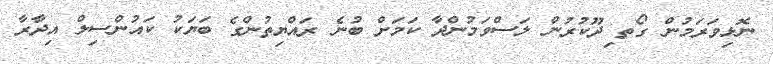
ނޮޅިވަރަމުން ގޯތ ިދޫކުރުން ލަސްވަމުންދާ ކަމަށް ބުނެ ރައްޔިތުންގެ ބަޔަކު ކައުންސިލް އިދާރާ